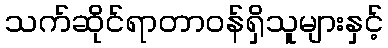
သက်ဆိုင်ရာတာဝန်ရှိသူများနှင့်